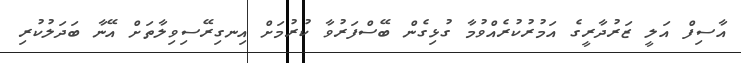
އާސިފް އަލީ ޒަރުދާރީގެ އަމުރުކުރެއްވުމާ ގުޅިގެން ބޭސްފަރުވާ ކުރުމަށް އިނގިރޭސިވިލާތަށް އޭނާ ބަދަލުކުރި